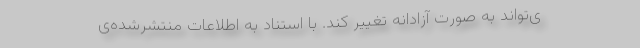
ی‌تواند به صورت آزادانه تغییر کند. با استناد به اطلاعات منتشر‌شده‌ی